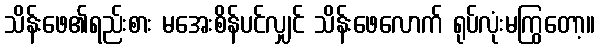
သိန်းဖေ၏ရည်းစား မအေးစိန်ပင်လျှင် သိန်းဖေလောက် ရုပ်လုံးမကြွတော့။